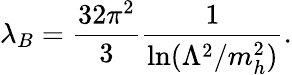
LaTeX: \lambda_{B}={\frac{32\pi^{2}}{3}}{\frac{1}{\ln(\Lambda^{2}/m_{h}^{2})}}.